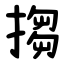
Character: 搊